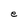
Character: e